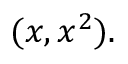
( x , x ^ { 2 } ) .